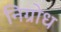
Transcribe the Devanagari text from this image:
निग्रोध